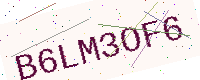
Text: B6LM3OF6